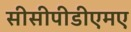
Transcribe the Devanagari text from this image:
सीसीपीडीएमए